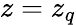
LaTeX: z=z_{q}